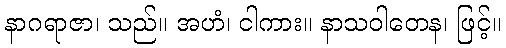
နာဂရာဇာ၊ သည်။ အဟံ၊ ငါကား။ နာသဝါတေန၊ ဖြင့်။